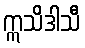
ဣသိဒါသီ